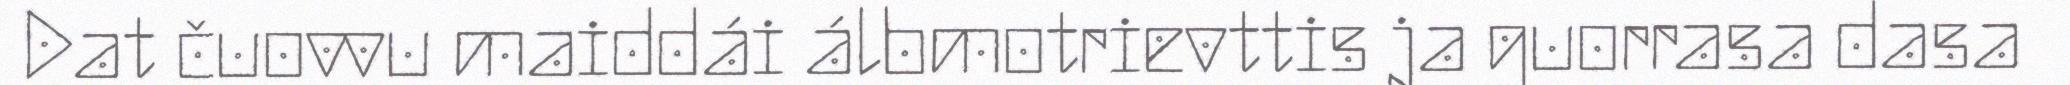
Dat čuovvu maiddái álbmotrievttis ja guorrasa dasa